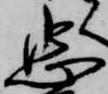
忠